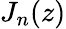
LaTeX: J_{n}(z)